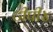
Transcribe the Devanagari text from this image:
टीपी४